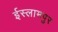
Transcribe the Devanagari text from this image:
ईस्लामपुर